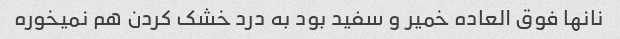
نانها فوق العاده خمیر و سفید بود به درد خشک کردن هم نمیخوره